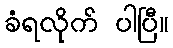
ခံရလိုက် ပါပြီ။